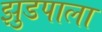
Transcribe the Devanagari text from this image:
झुडपाला